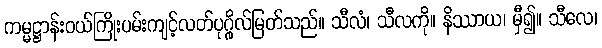
ကမ္မဋ္ဌာန်းဝယ်ကြိုးပမ်းကျင့်လတ်ပုဂ္ဂိုလ်မြတ်သည်။ သီလံ၊ သီလကို။ နိဿာယ၊ မှီ၍။ သီလေ၊